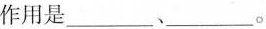
作用是：___、___。